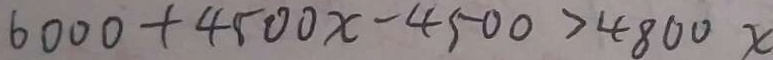
6 0 0 0 + 4 5 0 0 x - 4 5 0 0 > 4 8 0 0 x